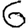
Digit: 6